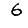
Digit: 6